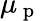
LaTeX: \mu_{\mathrm{~p~}}